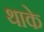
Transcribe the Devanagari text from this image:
थाके